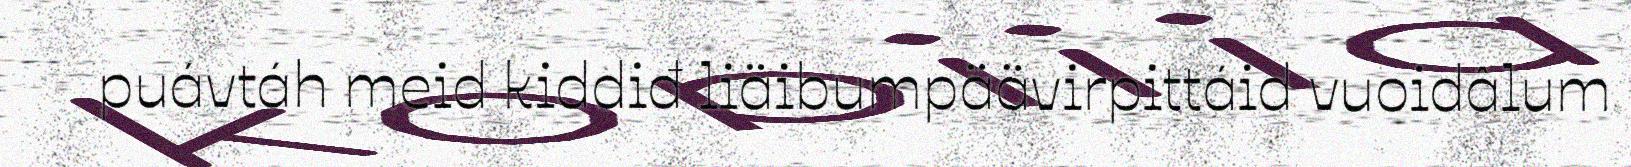
puávtáh meid kiddiđ liäibumpäävirpittáid vuoidâlum